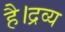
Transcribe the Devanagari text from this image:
है।द्रव्य